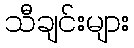
သီချင်းများ